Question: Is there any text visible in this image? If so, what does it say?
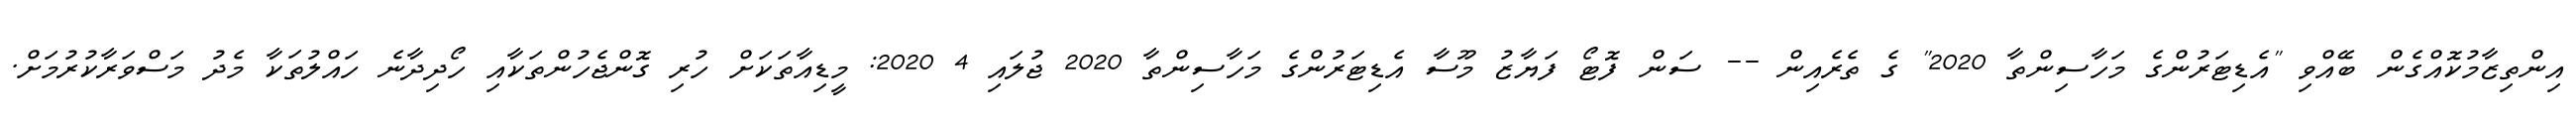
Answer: އިންތިޒާމުކޮއްގެން ބޭއްވި "އެޑިޓަރުންގެ މަހާސިންތާ 2020" ގެ ތެރެއިން -- ސަން ފޮޓޯ ފަޔާޒު މޫސާ އެޑިޓަރުންގެ މަހާސިންތާ 2020 ޖުލައި 4 2020: މީޑިއާތަކަށް ހުރި ގޮންޖެހުންތަކާއި ހޯދިދާނެ ހައްލުތަކާ މެދު މަސްވަރާކުރުމަށް.